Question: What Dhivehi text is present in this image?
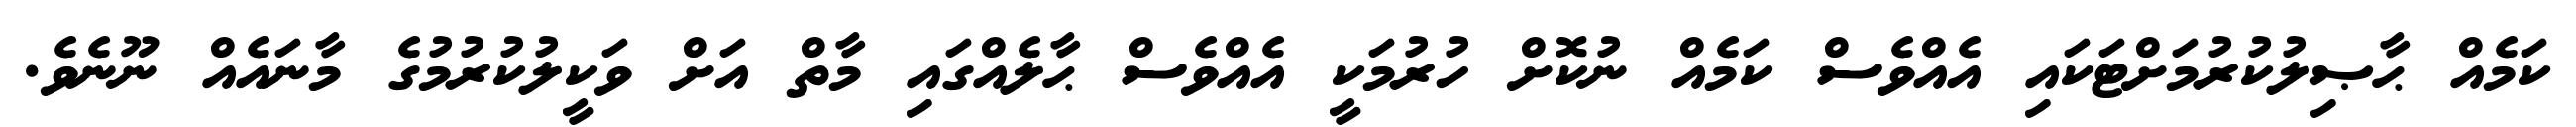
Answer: ކަމެއް ޙާޞިލުކުރުމަށްޓަކައި އެއްވެސް ކަމެއް ނުކޮށް ހުރުމަކީ އެއްވެސް ޙާލެއްގައި މާތް އަށް ވަކީލުކުރުމުގެ މާނައެއް ނޫނެވެ.